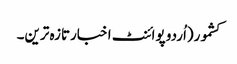
کشمور(اُردو پوائنٹ اخبارتازہ ترین۔